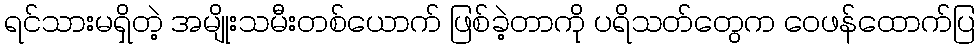
ရင်သားမရှိတဲ့ အမျိုးသမီးတစ်ယောက် ဖြစ်ခဲ့တာကို ပရိသတ်တွေက ဝေဖန်ထောက်ပြ